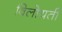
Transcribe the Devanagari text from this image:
विलोयती